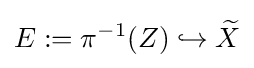
E:=\pi ^{-1}(Z)\hookrightarrow {\widetilde {X}}